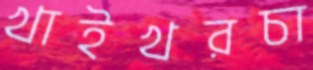
খাইখরচা